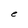
Character: e